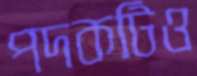
পদকটিও